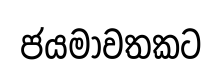
ජයමාවතකට